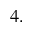
4 .